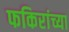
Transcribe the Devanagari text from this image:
फकिरांच्या